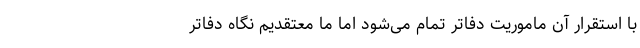
با استقرار آن ماموریت دفاتر تمام می‌شود اما ما معتقدیم نگاه دفاتر